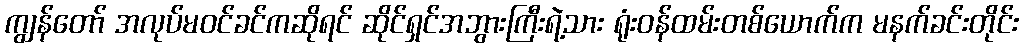
ကျွန်တော် အလုပ်မဝင်ခင်ကဆိုရင် ဆိုင်ရှင်အဘွားကြီးရဲ့သား ရုံးဝန်ထမ်းတစ်ယောက်က မနက်ခင်းတိုင်း